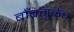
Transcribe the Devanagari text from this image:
बाँबमुळेच